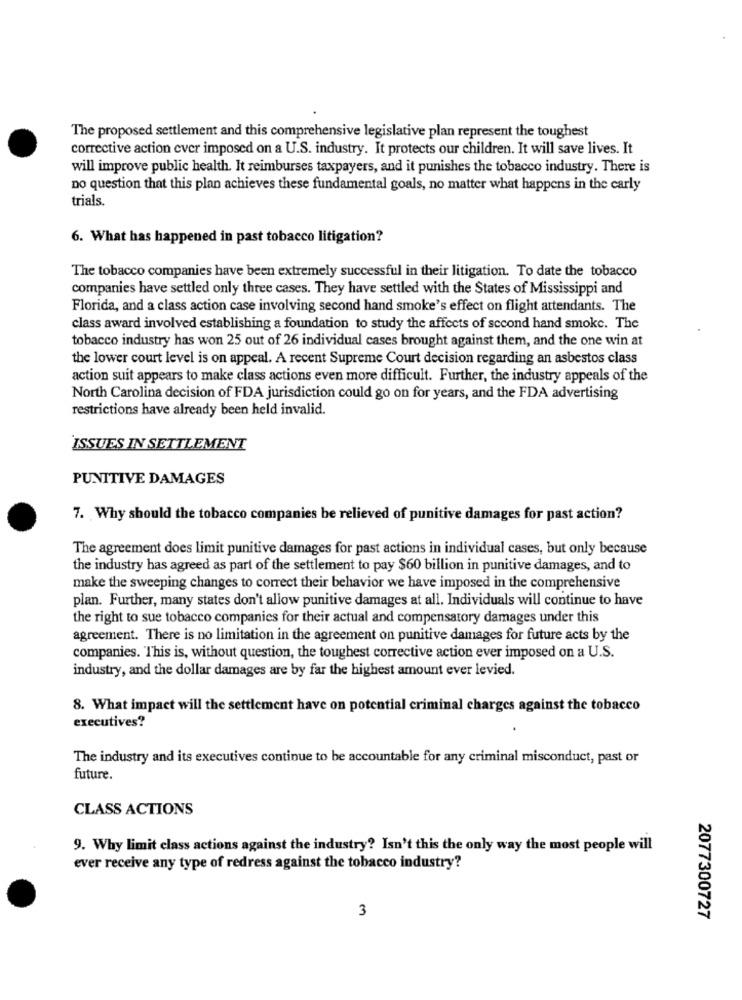
The proposed settlement and this comprehensive legislative plan represent the toughest
corrective action cver imposed on a U.S. industry. It protects our children. It will save lives. It
will improve public health. It reimburses taxpayers, and it punishes the tobacco industry. There is
no question that this plan achieves these fundamental goals, no matter what happens in the carly
trials.
6. What has happened in past tobacco litigation?
The tobacco companies have been extremely successful in their litigation. To date the tobacco
companies have settled only three cases. They have settled with the States of Mississippi and
Florida, and a class action case involving second hand smoke's effect on flight attendants. The
class award involved establishing a foundation to study the affects of second hand smoke. The
tobacco industry has won 25 out of 26 individual cases brought against them, and the one win at
the lower court level is on appeal. A recent Supreme Court decision regarding an asbestos class
action suit appears to make class actions even more difficult. Further, the industry appeals of the
North Carolina decision of FDA jurisdiction could go on for years, and the FDA advertising
restrictions have already been held invalid.
ISSUES IN SETTLEMENT
PUNITIVE DAMAGES
7. Why should the tobacco companies be relieved of punitive damages for past action?
The agreement does limit punitive damages for past actions in individual cases, but only because
the industry has agreed as part of the settlement to pay $60 billion in punitive damages, and to
make the sweeping changes to correct their behavior we have imposed in the comprehensive
plan. Further, many states don't allow punitive damages at all. Individuals will continue to have
the right to sue tobacco companies for their actual and compensatory damages under this
agreement. There is no limitation in the agreement on punitive damages for future acts by the
companies. This is, without question, the toughest corrective action ever imposed on a U.S.
industry, and the dollar damages are by far the highest amount ever levied.
8. What impact will the settlement have on potential criminal charges against the tobacco
executives?
The industry and its executives continue to be accountable for any criminal misconduct, past or
future.
CLASS ACTIONS
9. Why limit class actions against the industry? Isn't this the only way the most people will
ever receive any type of redress against the tobacco industry?
3
2077300727